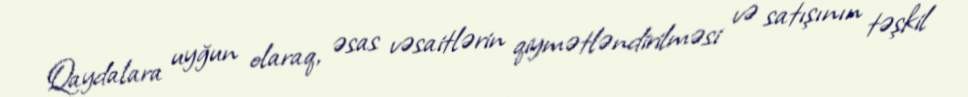
Qaydalara uyğun olaraq, əsas vəsaitlərin qiymətləndirilməsi və satışının təşkil